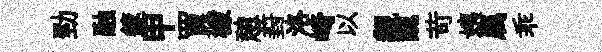
勁融篴甲買檬憩葑洛崎以覯醜苛姨属乖